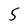
Character: 5